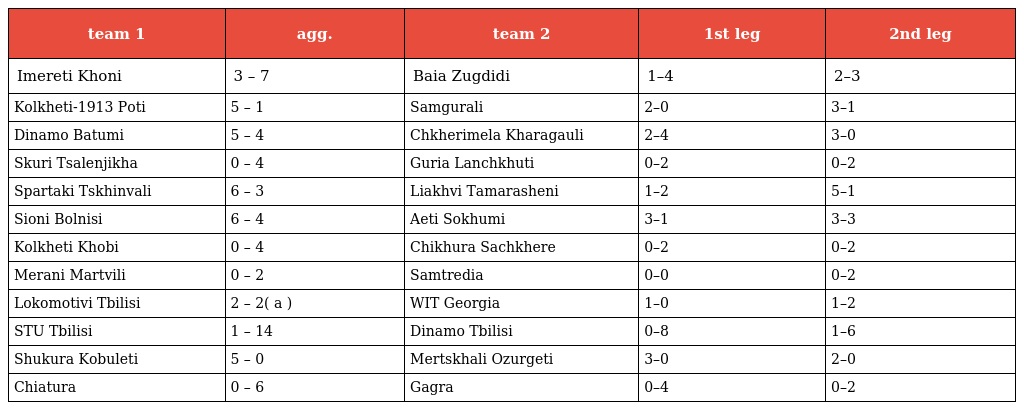
| team 1 | agg. | team 2 | 1st leg | 2nd leg |
 | --- | --- | --- | --- | --- |
 | Imereti Khoni | 3 – 7 | Baia Zugdidi | 1–4 | 2–3 |
 | Kolkheti-1913 Poti | 5 – 1 | Samgurali | 2–0 | 3–1 |
 | Dinamo Batumi | 5 – 4 | Chkherimela Kharagauli | 2–4 | 3–0 |
 | Skuri Tsalenjikha | 0 – 4 | Guria Lanchkhuti | 0–2 | 0–2 |
 | Spartaki Tskhinvali | 6 – 3 | Liakhvi Tamarasheni | 1–2 | 5–1 |
 | Sioni Bolnisi | 6 – 4 | Aeti Sokhumi | 3–1 | 3–3 |
 | Kolkheti Khobi | 0 – 4 | Chikhura Sachkhere | 0–2 | 0–2 |
 | Merani Martvili | 0 – 2 | Samtredia | 0–0 | 0–2 |
 | Lokomotivi Tbilisi | 2 – 2( a ) | WIT Georgia | 1–0 | 1–2 |
 | STU Tbilisi | 1 – 14 | Dinamo Tbilisi | 0–8 | 1–6 |
 | Shukura Kobuleti | 5 – 0 | Mertskhali Ozurgeti | 3–0 | 2–0 |
 | Chiatura | 0 – 6 | Gagra | 0–4 | 0–2 |